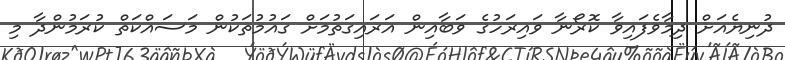
ދުނިޔެއަށް ދިމާވެފައިވާ ކޮރޯނާ ވައިރަހުގެ ވަބާއިން އަރައިގަތުމަށް ގައުމުތަކުން މަސައްކަތް ކުރަމުންދާ މި